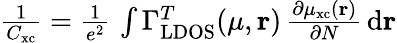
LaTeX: \begin{array}{r}{\frac{1}{C_{\mathrm{xc}}}=\frac{1}{e^{2}}\, \int\Gamma_{\mathrm{LDOS}}^{T}(\mu,\mathbf{r})\, \frac{\partial\mu_{\mathrm{xc}}(\mathbf{r})}{\partial N}\, \mathrm{d}\mathbf{r}}\end{array}